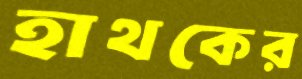
হাথকের